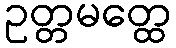
ဥတ္တမတ္ထေ